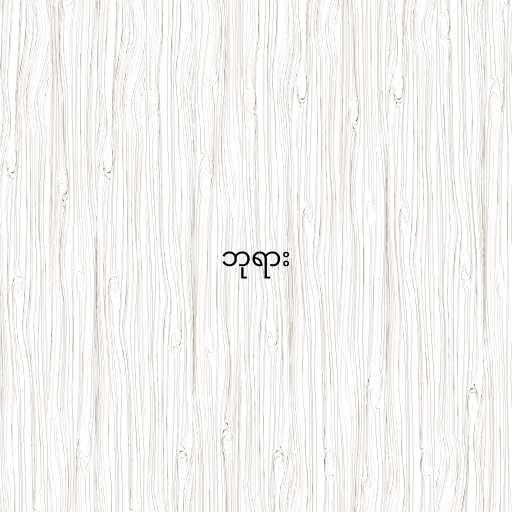
ဘုရား